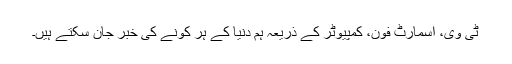
ٹی وی، اسمارٹ فون، کمپیوٹر کے ذریعہ ہم دنیا کے ہر کونے کی خبر جان سکتے ہیں۔